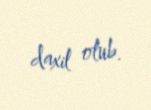
daxil olub.